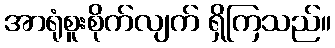
အာရုံစူးစိုက်လျက် ရှိကြသည်။